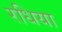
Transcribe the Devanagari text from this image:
रधिया